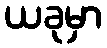
ယခုမှာ